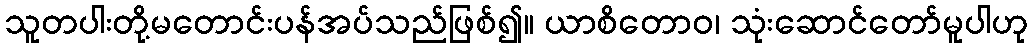
သူတပါးတို့မတောင်းပန်အပ်သည်ဖြစ်၍။ ယာစိတောဝ၊ သုံးဆောင်တော်မူပါဟု